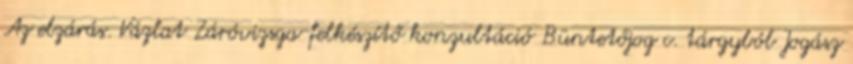
Az elzárás. Vázlat Záróvizsga-felkészítő konzultáció Büntetőjog c. tárgyból Jogász